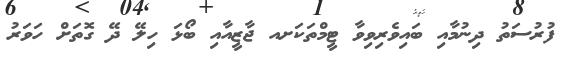
ފުރުސަތު ދިނުމާއި ބައިވެރިވިވާ ޓީމްތަކަށއ ޖާޒީއާއި ބޯޅަ ހިލޭ ދޭ ގޮތަށް ހަވަރު